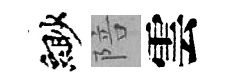
緲陪雲